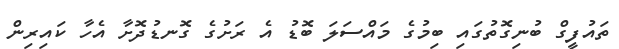
ތައުފީގް ބުނިގޮތުގައި ބިމުގެ މައްސަލަ ބޮޑު އެ ރަށުގެ ގޮނޑުދޮށާ އެހާ ކައިރިން